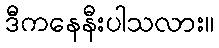
ဒီကနေနီးပါသလား။